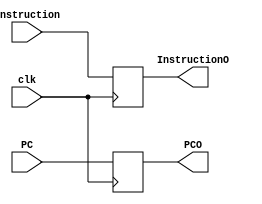
module IF_ID(InstructionO,PCO,Instruction,PC,clk);
output reg [31:0] InstructionO;
output reg [6:0] PCO;
input   [31:0] Instruction;
input [6:0] PC;
input clk ;

initial
begin
	InstructionO=32'b0;
	PCO= 7'b0;
end

always@(posedge clk)
    begin
      InstructionO = Instruction ;
      PCO = PC ;
    end

endmodule